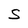
Character: S